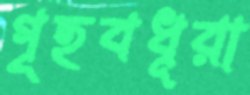
গৃহবধূরা